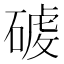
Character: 𮀸